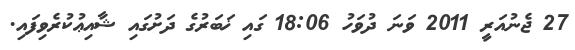
27 ޖެނުއަރީ 2011 ވަނަ ދުވަހު 18:06 ގައި ޚަބަރުގެ ދަށުގައި ޝާއިޢުކުރެވިފައި.